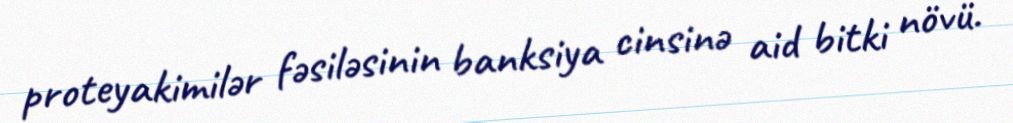
proteyakimilər fəsiləsinin banksiya cinsinə aid bitki növü.